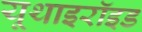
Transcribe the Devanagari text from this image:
यूथाइरॉइड